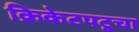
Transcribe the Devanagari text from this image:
क्रिकेटपटूचा